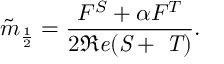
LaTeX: \tilde { m } _ { \frac { 1 } { 2 } } = \frac { F ^ { S } + \alpha F ^ { T } } { 2 \Re \it { e } ( S + \alpha T ) } .